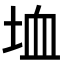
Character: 𡋒